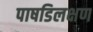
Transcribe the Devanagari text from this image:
पाषडिलक्षण